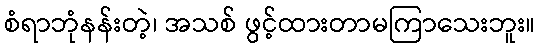
စံရာဘုံနန်းတဲ့၊ အသစ် ဖွင့်ထားတာမကြာသေးဘူး။